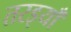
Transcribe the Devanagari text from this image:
तरइयाँ